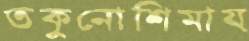
তকুনোশিমায়